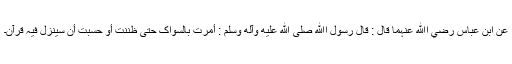
عَنِ ابْنِ عَبَّاسٍ رضي اﷲ عنہما قَالَ : قَالَ رَسُوْلُ اﷲِ صلى الله عليه وآله وسلم : أُمِرْتُ بِالسِّوَاکِ حَتّٰی ظَنَنْتُ أَوْ حَسِبْتُ أَنْ سَیَنْزِلُ فِیْہِ قُرْآنٌ۔